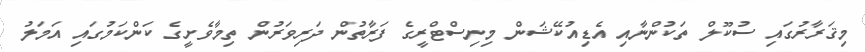
މިޤަރާރުގައި ސުކޫލް ތަކުންނާއި އެޑިއުކޭޝަން މިނިސްޓްރީގެ ފަރާތުން ދަރިވަރުން ތިމާވެށީގެ ކަންކަމުގައި އަމަލު